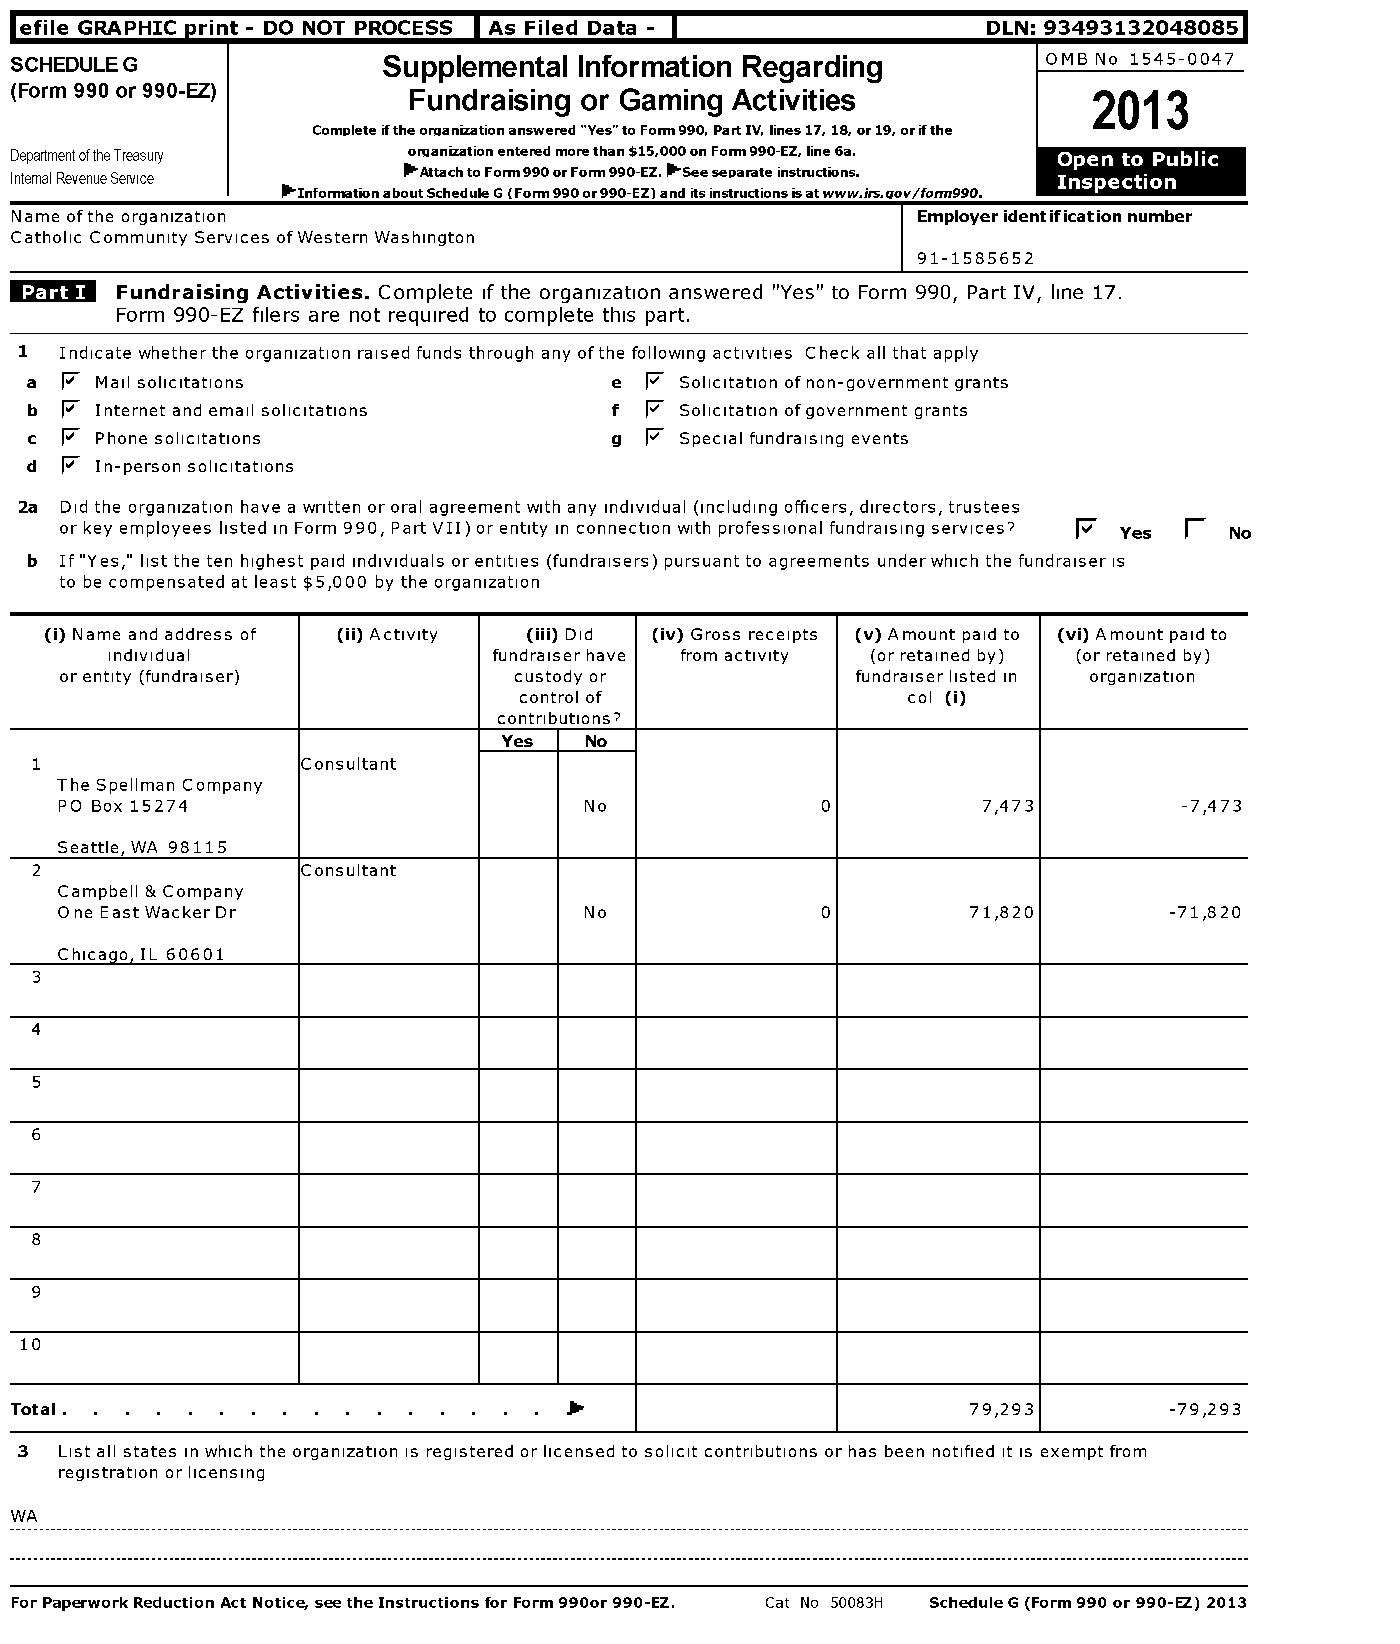
efile GRAPHIC rint - DO NOT PROCESS As Filed Data -             DLN: 93493132048085
 SCHEDULEG               Supplemental Information Regarding          OMB No 1545-0047
 (Form 990 or 990-EZ)      Fundraising or Gaming Activities             2013
 Completeiftheorganizationanswered "Yes"toForth990, PartIV, lines17, 18, or19, orifthe
 DepartmentoftheTreasury   organizationenteredmorethan$15,000onForth990-EZ, line6a. Open to Public
 Internal RevenueService   Ob'AttachtoForm990orForth990-EZ.Ob'Seeseparateinstructions. Inspection
 'InformationaboutScheduleG (Forth990or990-EZ)and itsinstructionsisatwww.irs.aov/form990.
 Name ofthe organization                                     Employer identification number
 Catholic Community Services ofWestern Washington
 91-1585652
 Fundraising Activities. Complete if the organization answered "Yes" to Form 990, Part IV, line 17.
 Form 990-EZ filers are not required to complete this part.
 Indicate whether the organization raised funds through any ofthe following activities Check all that apply
 a F Mail solicitations                 e F Solicitation of non-government grants
 b F Internet and email solicitations   f F Solicitation ofgovernment grants
 c F Phone solicitations                g F Special fundraising events
 d F In-person solicitations
 2a Did the organization have a written or oral agreement with any individual (including officers, directors, trustees
 or key employees listed in Form 990, Part VII) or entity in connection with professional fundraising services? F Yes 1! No
 b If "Yes," list the ten highest paid individuals or entities (fundraisers) pursuant to agreements underwhich the fundraiser is
 to be compensated at least $5,000 by the organization
 (i) Name and address of (ii) Activity (iii) Did (iv) Gross receipts (v) Amount paid to (vi) Amount paid to
 individual                fundraiser have from activity (or retained by) (or retained by)
 or entity (fundraiser)        custody or             fundraiser listed in organization
 control of                col (i)
 contributions?
 Yes   No
 1                 Consultant
 The Spellman Company
 PO Box 15274                       No             0          7,473        -7,473
 Seattle, WA 98115
 2                 Consultant
 Campbell & Company
 One East Wacker Dr                 No             0         71,820       -71,820
 Chicago, IL 60601
 3
 4
 5
 6
 7
 8
 9
 10
 Total .                                                        79,293       -79,293
 3  List all states in which the organization is registered or licensed to solicit contributions or has been notified it is exempt from
 registration or licensing
 WA
 For Paperwork Reduction Act Noticee seethe Instructions for Form 990or 990-EZ. Cat No 50083H Schedule G (Form 990 or 990-EZ) 2013